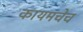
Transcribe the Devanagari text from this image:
कायमचेच